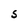
Character: S